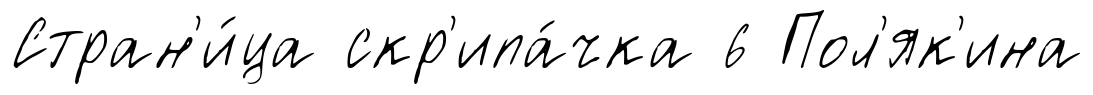
Стран'и́ца скр'ипа́чка 6 Пол'як'ина